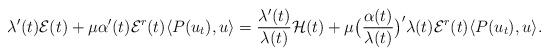
LaTeX: \begin{align*}\lambda^{\prime}(t) \mathcal{E}(t) + \mu \alpha^{\prime}(t) \mathcal{E}^r(t)\langle P(u_t), u\rangle=\frac{\lambda^{\prime}(t)}{\lambda(t)} \mathcal{H}(t) + \mu\bigl(\frac{\alpha(t)}{\lambda(t)} \bigr)^{\prime} \lambda(t) \mathcal{E}^r(t)\langle P(u_t), u\rangle.\end{align*}